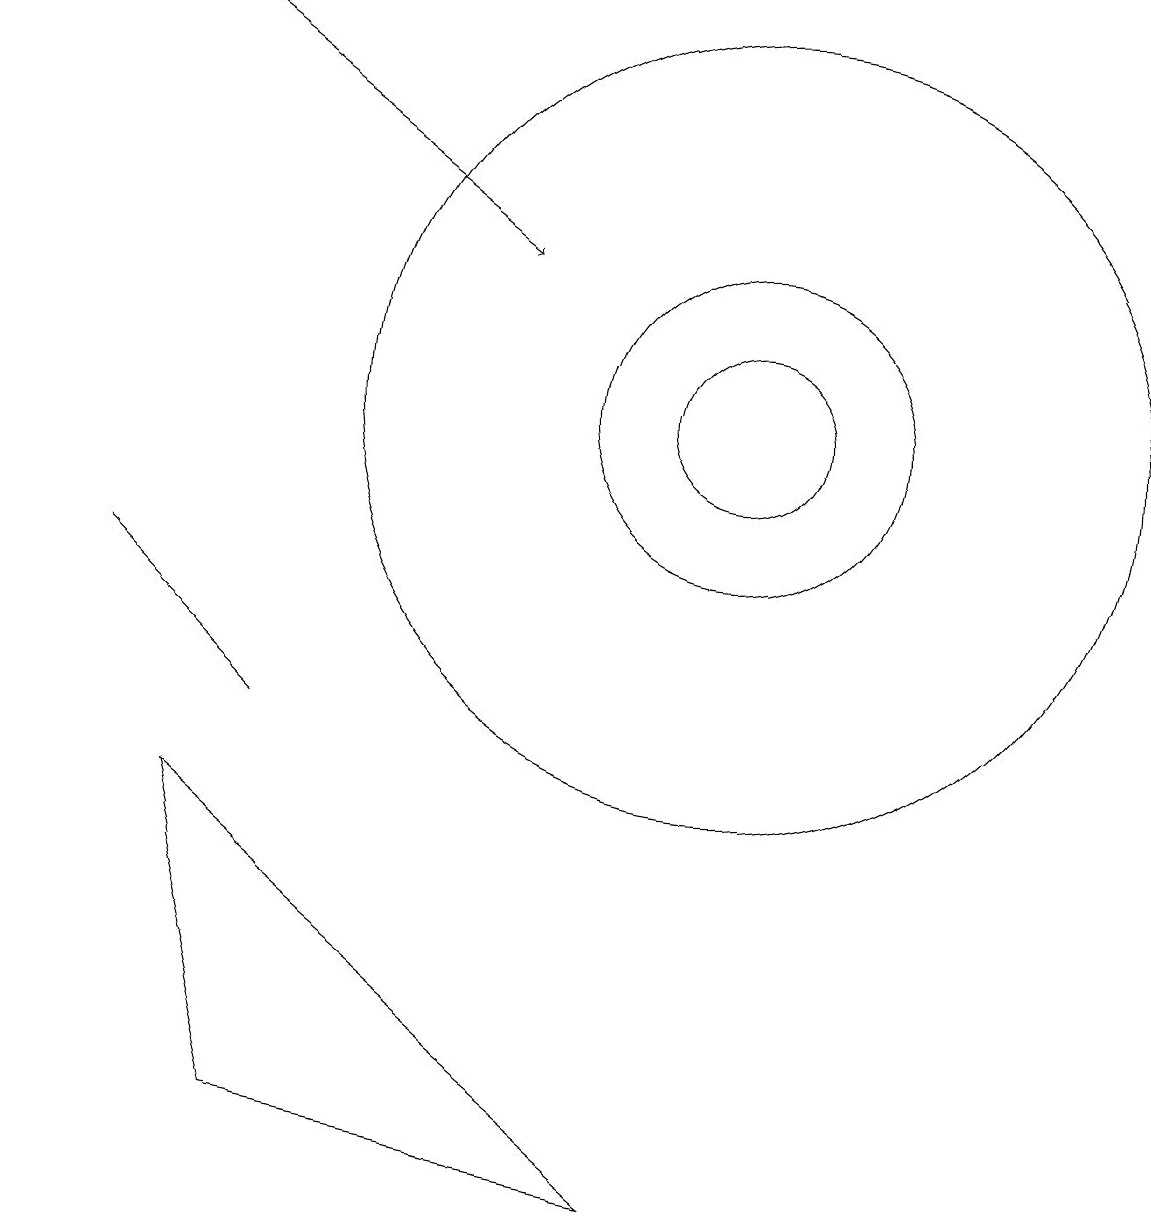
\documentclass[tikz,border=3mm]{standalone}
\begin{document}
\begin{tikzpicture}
\draw (11,11) circle (0);
\draw (10,11) circle (1);
\draw[->] (3,16) -- (7,13);
\draw (10,11) circle (5);
\draw (4,7) -- (2,9) -- (3,8) -- cycle;
\draw (1,11) rectangle (1,11);
\draw (10,11) circle (2);
\draw (3,6) -- (9,1) -- (4,2) -- cycle;
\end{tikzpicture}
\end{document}